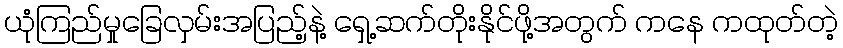
ယုံကြည်မှုခြေလှမ်းအပြည့်နဲ့ ရှေ့ဆက်တိုးနိုင်ဖို့အတွက် ကနေ ကထုတ်တဲ့